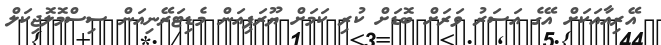
އޭރިއާއަކަށް އޭގެ އަސަރު ވަރަށް ބޮޑަށް ކުރި ކަމަށް ޔޫރަޕިއަން މެޑިޓަރޭނިއަން ސިސްމޮލޮޖިކަލް